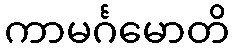
ကာမင်္ဂမောတိ